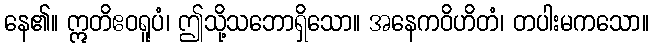
နေ၏။ ဣတိဧဝရူပံ၊ ဤသို့သဘောရှိသော။ အနေကဝိဟိတံ၊ တပါးမကသော။